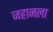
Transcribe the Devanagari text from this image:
जहानला